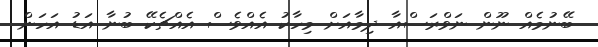
ބޭނުމެއް ނޫން ނަވްރަސްއާ ދިމާއަށް މިހާކު އެއްވެސް އެއްޗެކޭ ބުނާ އަޑު އަހަން